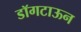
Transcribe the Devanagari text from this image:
डॉगटाऊन